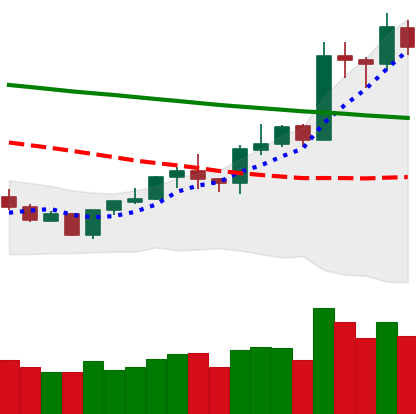
Ticker: LTC-USD
Chart end date: 2020-01-18
Forward return: -8.043%
Label: down_7plus